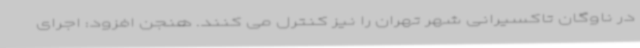
در ناوگان تاکسیرانی شهر تهران را نیز کنترل می کنند. هنجن افزود: اجرای